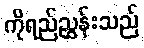
ကိုရည်ညွှန်းသည်